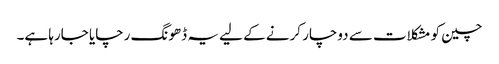
چین کو مشکلات سے دوچار کرنے کے لیے یہ ڈھونگ رچایا جارہا ہے۔